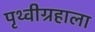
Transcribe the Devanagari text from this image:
पृथ्वीग्रहाला